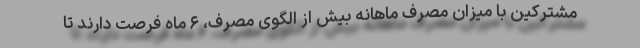
مشترکین با میزان مصرف ماهانه بیش از الگوی مصرف، ۶ ماه فرصت دارند تا